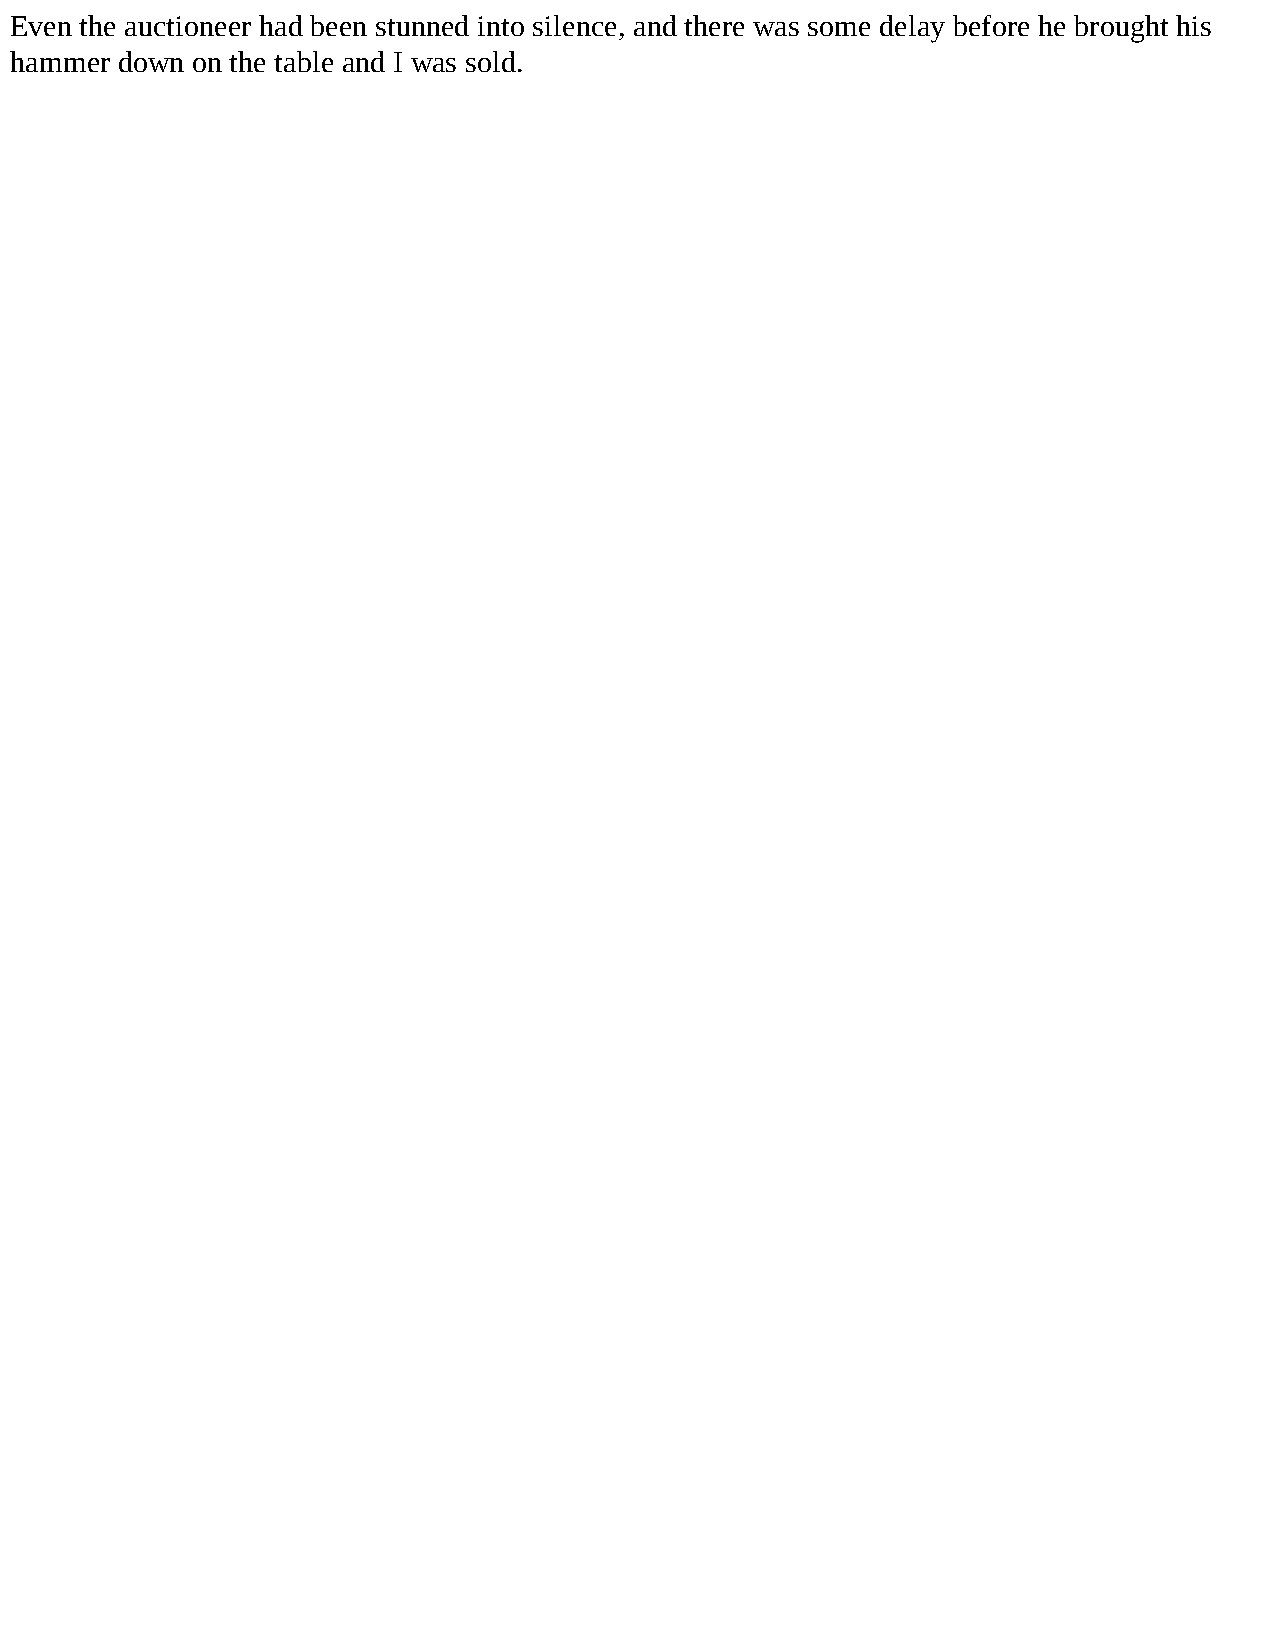
Even the auctioneer had been stunned into silence, and there was some delay before he brought his
 hammer down on the table and I was sold.